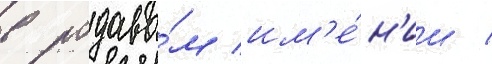
в родово́м им'е́н'ии /